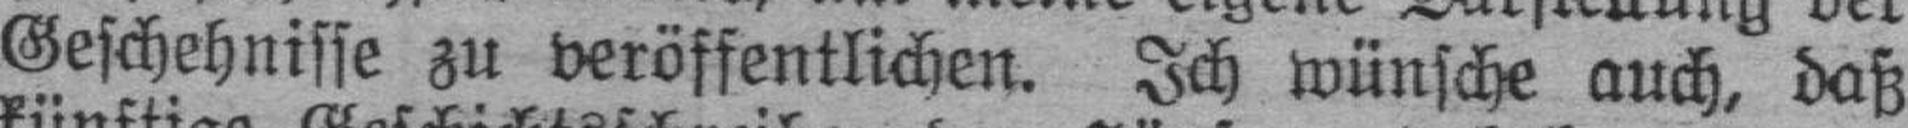
Geschehnisse zu veröffentlichen. Ich wünsche auch, daß